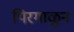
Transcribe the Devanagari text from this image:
पिरगाळुन